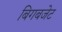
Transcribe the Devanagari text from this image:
बिगबजेट